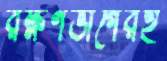
রক্ষণভাগেরই